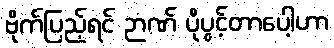
ဗိုက်ပြည့်ရင် ဉာဏ် ပိုပွင့်တာပေါ့ဟာ